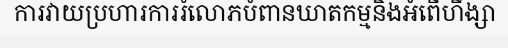
ការវាយប្រហារការរំលោភបំពានឃាតកម្មនិងអំពើហឹង្សា